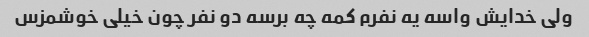
ولی خدایش واسه یه نفرم کمه چه برسه دو نفر چون خیلی خوشمزس